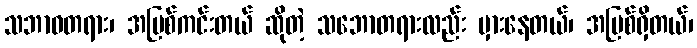
သဘာဝတရား၊ အပြစ်ကင်းတယ် ဆိုတဲ့ သဘောတရားလည်း မှားနေတယ်၊ အပြစ်ရှိတယ်၊